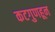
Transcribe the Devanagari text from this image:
कटगुणहून